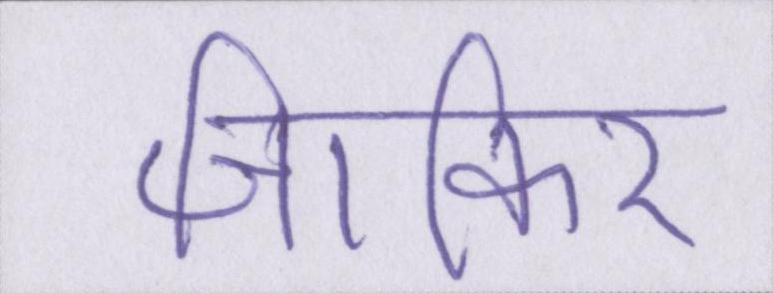
जाकिर